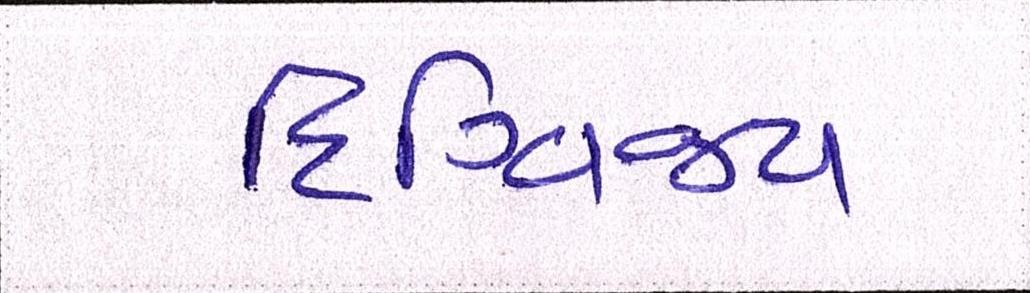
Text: દિગ્વિજય